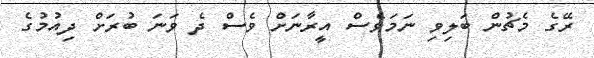
ރޭގެ މެޗުން ބަލިވި ނަމަވެސް އީރާނަށް ވެސް ދެ ވަނަ ބުރަށް ދިއުމުގެ